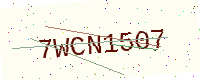
Text: 7WCN1507